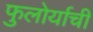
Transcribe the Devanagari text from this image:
फुलोर्याची